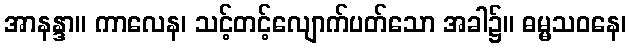
အာနန္ဒာ။ ကာလေန၊ သင့်တင့်လျောက်ပတ်သော အခါ၌။ ဓမ္မသဝနေ၊